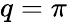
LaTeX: q=\pi